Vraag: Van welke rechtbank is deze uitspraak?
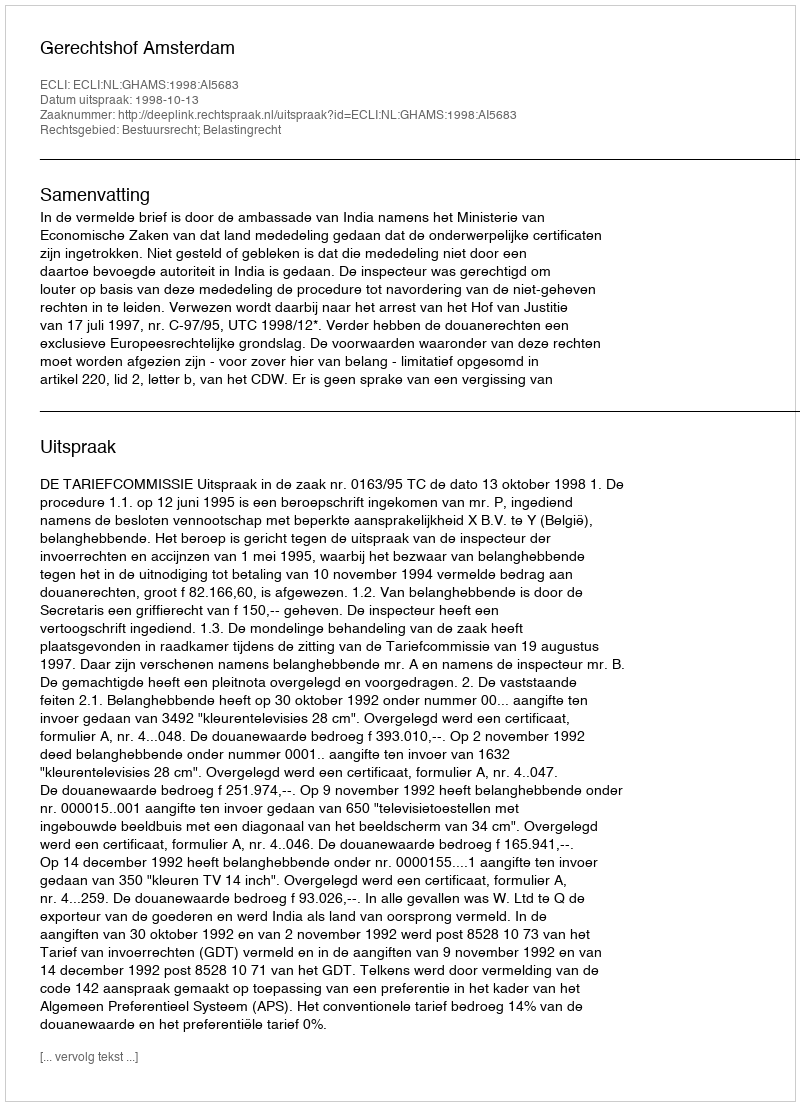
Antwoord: Gerechtshof Amsterdam